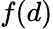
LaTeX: f(d)